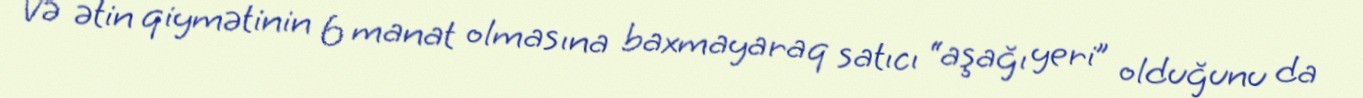
Və ətin qiymətinin 6 manat olmasına baxmayaraq satıcı “aşağı yeri” olduğunu da